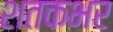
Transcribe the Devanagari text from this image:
शतकभर